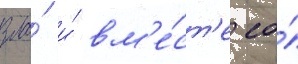
зла́ и́ вм'е́ст'е со́